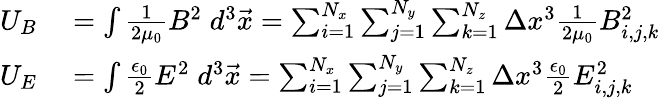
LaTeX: \begin{array}{rl}{U_{B}}&{{}=\int\frac{1}{2\mu_{0}}B^{2}\; d^{3}\vec{x}=\sum_{i=1}^{N_{x}}\sum_{j=1}^{N_{y}}\sum_{k=1}^{N_{z}}\Delta x^{3}\frac{1}{2\mu_{0}}B_{i,j,k}^{2}}\\ {U_{E}}&{{}=\int\frac{\epsilon_{0}}{2}E^{2}\; d^{3}\vec{x}=\sum_{i=1}^{N_{x}}\sum_{j=1}^{N_{y}}\sum_{k=1}^{N_{z}}\Delta x^{3}\frac{\epsilon_{0}}{2}E_{i,j,k}^{2}}\end{array}